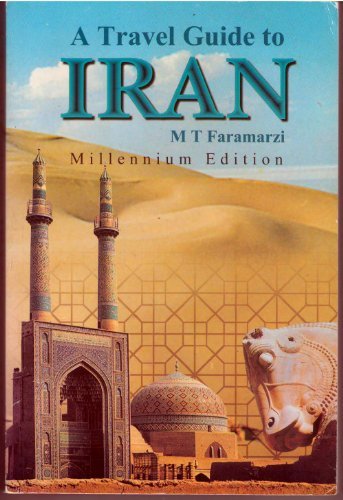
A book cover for A Travel Guide to Iran; M. T. Faramarzi; Travel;